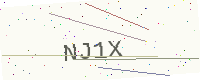
Text: NJ1X